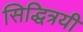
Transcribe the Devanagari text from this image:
सिद्धित्रयी